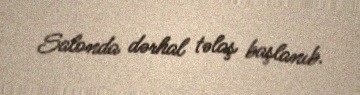
Salonda dərhal təlaş başlanıb.